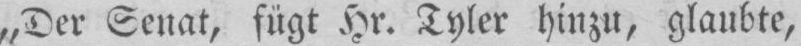
„Der Senat, fügt Hr. Tyler hinzu, glaubte,